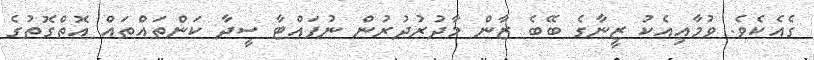
ގެއެކެވެ. ވުމާއިއެކު ޒީނާގެ ބޭބެ ޒާން މާދުރުދުރުން ނުފައްޓާ ސީދާ ކަންތައްތައް އޮތްގޮތުގެ